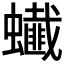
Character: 𧔒